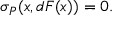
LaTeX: \sigma _ { P } ( x , d F ( x ) ) = 0 .